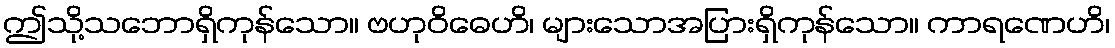
ဤသို့သဘောရှိကုန်သော။ ဗဟုဝိဓေဟိ၊ များသောအပြားရှိကုန်သော။ ကာရဏေဟိ၊